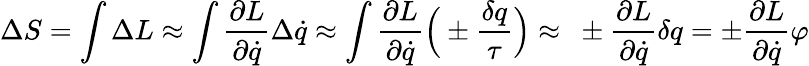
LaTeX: \Delta S=\int\Delta L\approx\int{\frac{\partial L}{\partial{\dot{q}}}}\Delta{\dot{q}}\approx\int{\frac{\partial L}{\partial{\dot{q}}}}{\Bigl(}\pm{\frac{\delta q}{\tau}}{\Bigr)}\approx\ \pm{\frac{\partial L}{\partial{\dot{q}}}}\delta q=\pm{\frac{\partial L}{\partial{\dot{q}}}}\varphi